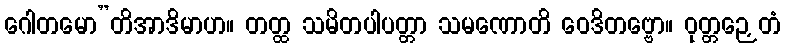
ဂေါတမော”တိအာဒိမာဟ။ တတ္ထ သမိတပါပတ္တာ သမဏောတိ ဝေဒိတဗ္ဗော။ ဝုတ္တဉှေတံ